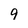
Character: 9